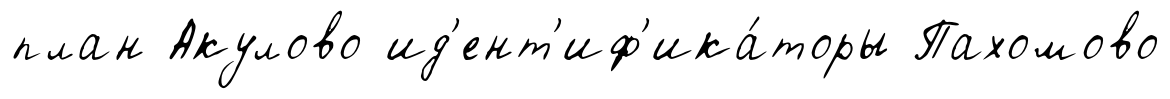
план Акулово ид'ент'иф'ика́торы Пахомово